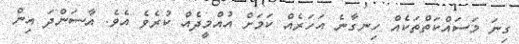
ގިނަ މަސައްކަތްތަކެއް ހިނގާނެ އަހަރެއް ކަމަށް އުއްމީދެއް ކުރެވެ އެވެ. އާސަންދަ އިން